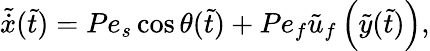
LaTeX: \tilde{\dot{x}}(\tilde{t})=Pe_{s}\cos\theta(\tilde{t})+Pe_{f}\tilde{u}_{f}\left(\tilde{y}(\tilde{t})\right),